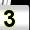
Digit: 3